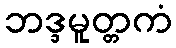
ဘဒ္ဒမူတ္တကံ